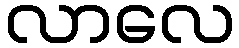
လာလေ